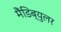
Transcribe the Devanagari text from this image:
मैंडिब्युलर